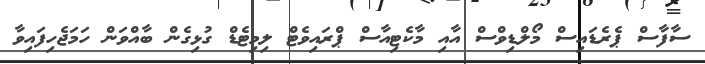
ސާފާސް ޕެރެޑައިސް މޯލްޑިވްސް އާއި މާކެޓިއާސް ޕްރައިވެޓް ލިމިޓެޑް ގުޅިގެން ބާއްވަން ހަމަޖެހިފައިވާ